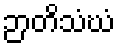
ဉာတိသံဃံ